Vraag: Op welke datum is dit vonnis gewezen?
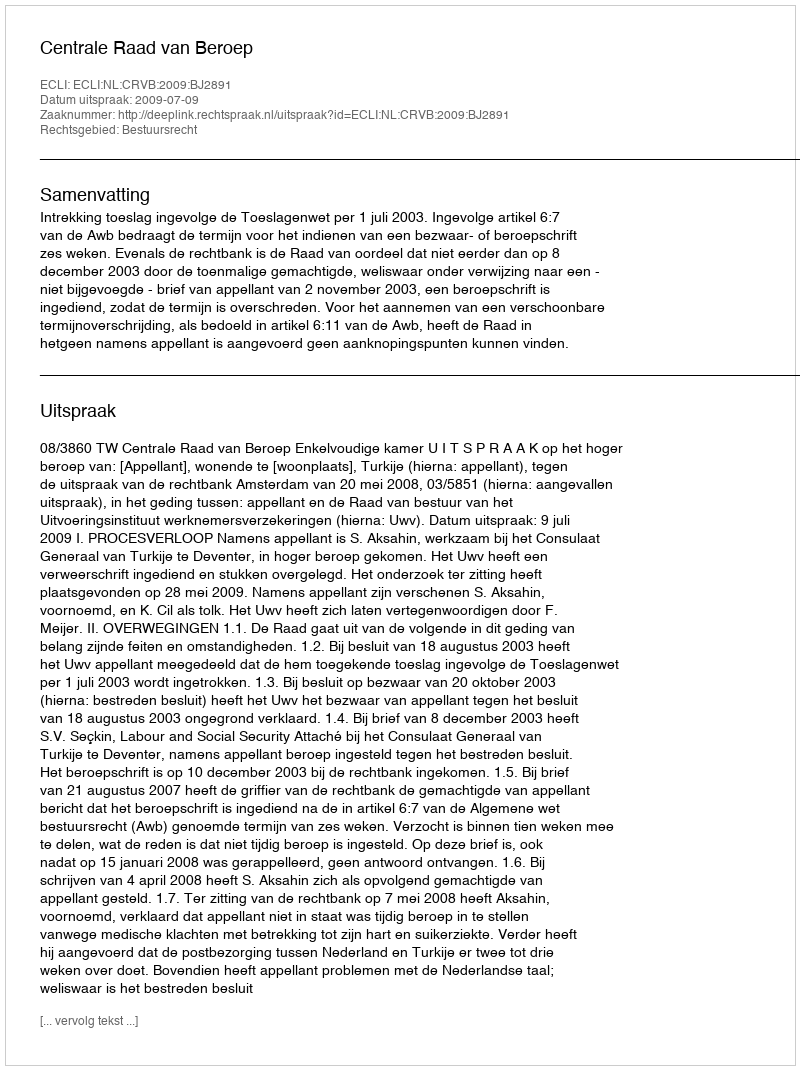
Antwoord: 2009-07-09